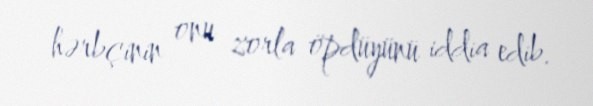
hərbçinin onu zorla öpdüyünü iddia edib.